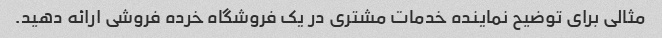
مثالی برای توضیح نماینده خدمات مشتری در یک فروشگاه خرده فروشی ارائه دهید.